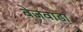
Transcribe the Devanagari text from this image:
वेजवाडा